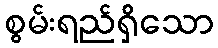
စွမ်းရည်ရှိသော